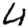
Digit: 4